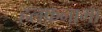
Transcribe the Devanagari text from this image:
हलफ़नामा